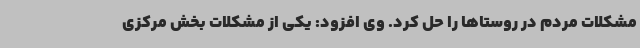
مشکلات مردم در روستاها را حل کرد. وی افزود: یکی از مشکلات بخش مرکزی